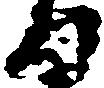
日